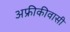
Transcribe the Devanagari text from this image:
अफ्रीकीवासी